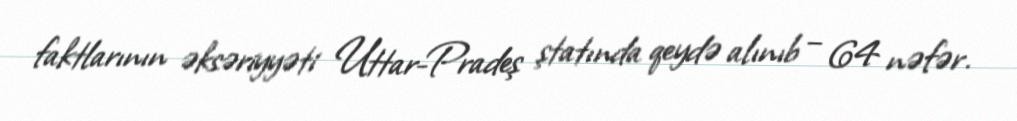
faktlarının əksəriyyəti Uttar-Pradeş ştatında qeydə alınıb – 64 nəfər.